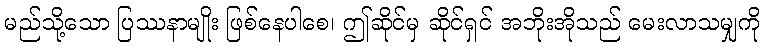
မည်သို့သော ပြဿနာမျိုး ဖြစ်နေပါစေ၊ ဤဆိုင်မှ ဆိုင်ရှင် အဘိုးအိုသည် မေးလာသမျှကို